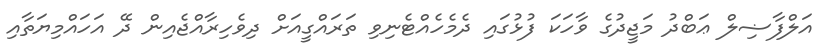
އަލްފާޟިލް ޢަބްދު މަޖީދުގެ ވާހަކަ ފުޅުގައި ދެމެހެއްޓެނިވި ތަރައްގީއަށް ދިވެހިރާއްޖެއިން ދޭ އަހައްމިޔަތާއި